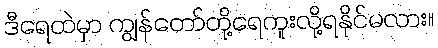
ဒီရေထဲမှာ ကျွန်တော်တို့ရေကူးလို့ရနိုင်မလား။